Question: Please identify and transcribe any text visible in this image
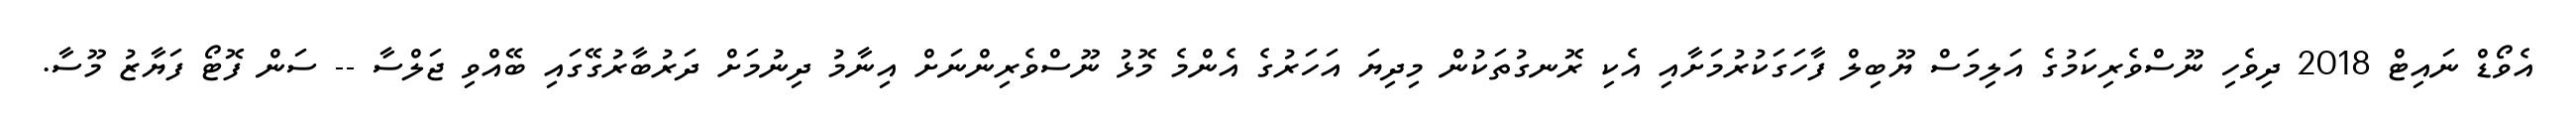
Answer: އެވޯޑް ނައިޓް 2018 ދިވެހި ނޫސްވެރިކަމުގެ އަލިމަސް ޔޫބިލް ފާހަގަކުރުމަށާއި އެކި ރޮނގުތަކުން މިދިޔަ އަހަރުގެ އެންމެ މޮޅު ނޫސްވެރިންނަށް އިނާމު ދިނުމަށް ދަރުބާރުގޭގައި ބޭއްވި ޖަލްސާ -- ސަން ފޮޓޯ ފަޔާޒު މޫސާ.